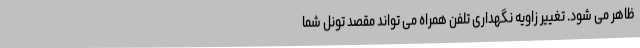
ظاهر می شود. تغییر زاویه نگهداری تلفن همراه می تواند مقصد تونل شما